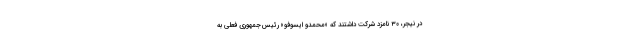
در نیجر، ۳۰ نامزد شرکت داشتند که «محمدو ایسوفو» رئیس‌جمهوری فعلی به